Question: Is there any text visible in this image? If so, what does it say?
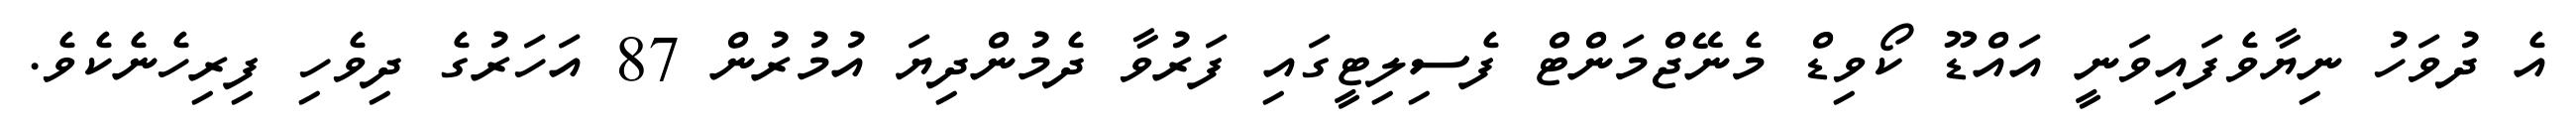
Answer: އެ ދުވަހު ނިޔާވެފައިވަނީ އައްޑޫ ކޯވިޑް މެނޭޖްމަންޓް ފެސިލިޓީގައި ފަރުވާ ދެމުންދިޔަ އުމުރުން 87 އަހަރުގެ ދިވެހި ފިރިހެނެކެވެ.